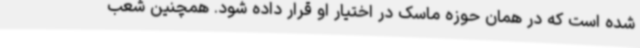
شده است که در همان حوزه ماسک در اختیار او قرار داده شود. همچنین شعب